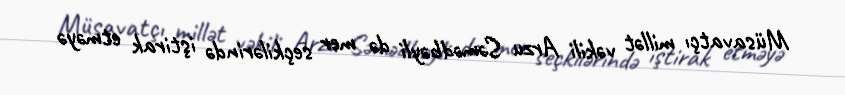
Müsavatçı millət vəkili Arzu Səmədbəyli də mer seçkilərində iştirak etməyə